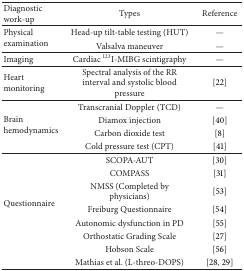
<table><thead><tr><td><b>Diagnostic work-up</b></td><td><b>Types</b></td><td><b>Reference</b></td></tr></thead><tbody><tr><td rowspan="2">Physical examination</td><td>Head-up tilt-table testing (HUT) </td><td>—</td></tr><tr><td>Valsalva maneuver</td><td>—</td></tr><tr><td>Imaging</td><td>Cardiac <sup>123</sup>I-MIBG scintigraphy</td><td>—</td></tr><tr><td>Heart monitoring</td><td>Spectral analysis of the RR interval and systolic blood pressure</td><td>[22]</td></tr><tr><td rowspan="4">Brain hemodynamics</td><td>Transcranial Doppler (TCD)</td><td>—</td></tr><tr><td>Diamox injection</td><td>[40]</td></tr><tr><td>Carbon dioxide test</td><td>[8]</td></tr><tr><td>Cold pressure test (CPT)</td><td>[41]</td></tr><tr><td rowspan="8">Questionnaire</td><td>SCOPA-AUT</td><td>[30]</td></tr><tr><td>COMPASS</td><td>[31]</td></tr><tr><td>NMSS (Completed by physicians)</td><td>[53]</td></tr><tr><td>Freiburg Questionnaire</td><td>[54]</td></tr><tr><td>Autonomic dysfunction in PD</td><td>[55]</td></tr><tr><td>Orthostatic Grading Scale</td><td>[27]</td></tr><tr><td>Hobson Scale</td><td>[56]</td></tr><tr><td>Mathias et al. (L-threo-DOPS)</td><td>[28, 29]</td></tr></tbody></table>